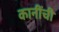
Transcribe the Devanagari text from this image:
कानींची